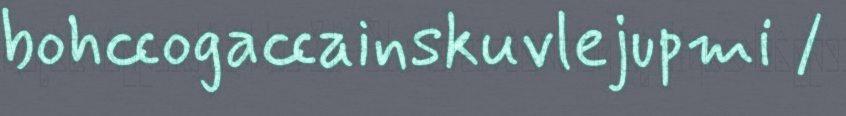
bohccogaccainskuvlejupmi /